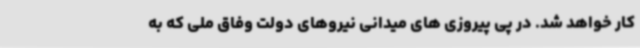
کار خواهد شد. در پی پیروزی های میدانی نیروهای دولت وفاق ملی که به